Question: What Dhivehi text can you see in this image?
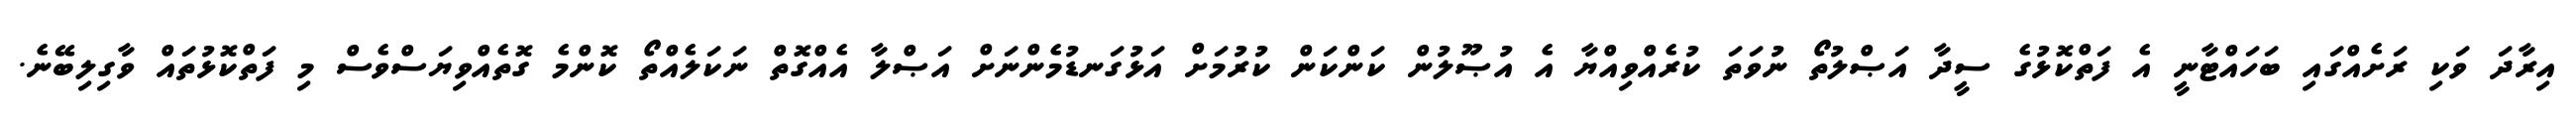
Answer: އިރާދަ ވަކި ރަށެއްގައި ބަހައްޓާނީ އެ ފަތްކޮޅުގެ ސީދާ އަޞްލުތޯ ނުވަތަ ކުރެއްވިއްޔާ އެ އުޞޫލުން ކަންކަން ކުރުމަށް އަޅުގަނޑުމެންނަށް އަޞްލާ އެއްގޮތް ނަކަލެއްތޯ ކޮންމެ ގޮތެއްވިޔަސްވެސް މި ފަތްކޮޅުތައް ވާގިލިބޭނެ.